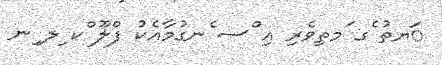
ަޔތު ެގ ަމތިވެރި އި ްސ ެނގުމާއެކު ފްލޫ ްކ ިލ ިނ